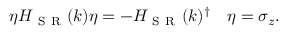
\eta H _ { \mathrm { ~ S ~ R ~ } } ( k ) \eta = - H _ { \mathrm { ~ S ~ R ~ } } ( k ) ^ { \dagger } \quad \eta = \sigma _ { z } .